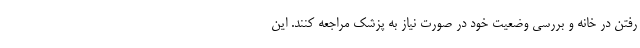
رفتن در خانه و بررسی وضعیت خود در صورت نیاز به پزشک مراجعه کنند. این